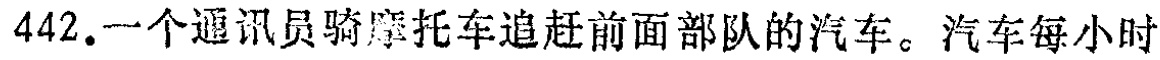
442.一个通讯员骑摩托车追赶前面部队的汽车。汽车每小时